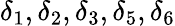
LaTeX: \delta_{1},\delta_{2},\delta_{3},\delta_{5},\delta_{6}